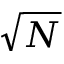
\sqrt { N }